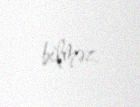
bilməz.